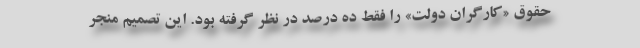
حقوقِ «کارگران دولت» را فقط ده درصد در نظر گرفته بود. این تصمیم منجر